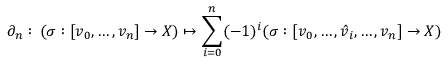
\partial _ { n } : \, ( \sigma : [ v _ { 0 } , \ldots , v _ { n } ] \to X ) \mapsto \sum _ { i = 0 } ^ { n } ( - 1 ) ^ { i } ( \sigma : [ v _ { 0 } , \ldots , { \hat { v } } _ { i } , \ldots , v _ { n } ] \to X )